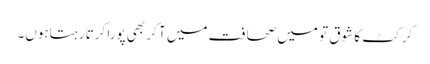
کرکٹ کا شوق تو میں صحافت میں آ کر بھی پورا کرتا رہتاہوں۔